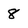
Character: 8